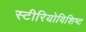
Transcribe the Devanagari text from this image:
स्टीरियोविशिष्ट